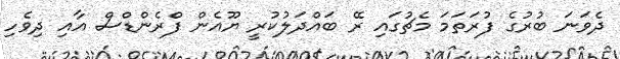
ދެވަނަ ބުރުގެ ފުރަތަމަ މެޗުގައި ރޭ ބައްދަލުކުރީ ޔޫއެން ފްރެންޑްސް އާއި ދިވެހި